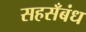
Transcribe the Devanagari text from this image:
सहसँबंध